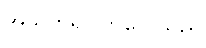
အသက်ရှင်ကြလေသည်